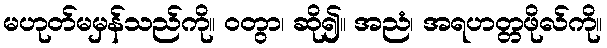
မဟုတ်မမှန်သည်ကို။ ဝတွာ၊ ဆို၍။ အညံ၊ အရဟတ္တဖိုလ်ကို။